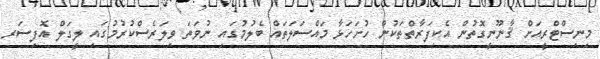
މިނިސްޓްރީއަށް ޤާނޫނީގޮތުން އެކިފަރާތްތަކުން ހުށަހަޅާ މައްސަލަތައް ބެލުމުގައި ނުވަތަ ވިލަރެސްކުރުމުގައި ލީގަލް އޮފިސަރ